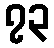
၇၃